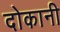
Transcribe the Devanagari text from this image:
दोकानी